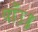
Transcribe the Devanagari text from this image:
पाँउ॥